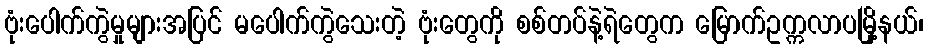
ဗုံးပေါက်ကွဲမှုများအပြင် မပေါက်ကွဲသေးတဲ့ ဗုံးတွေကို စစ်တပ်နဲ့ရဲတွေက မြောက်ဥက္ကလာပမြို့နယ်၊